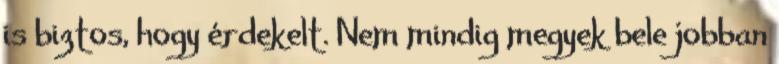
is biztos, hogy érdekelt. Nem mindig megyek bele jobban